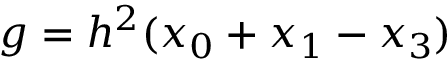
g = h ^ { 2 } ( x _ { 0 } + x _ { 1 } - x _ { 3 } )